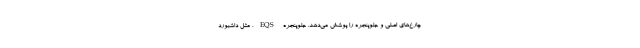
چارغ‌های اصلی و جلوپنجره را پوشش می‌دهد. جلوپنجره EQS، مثل داشبورد